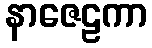
နာဇေဠကာ